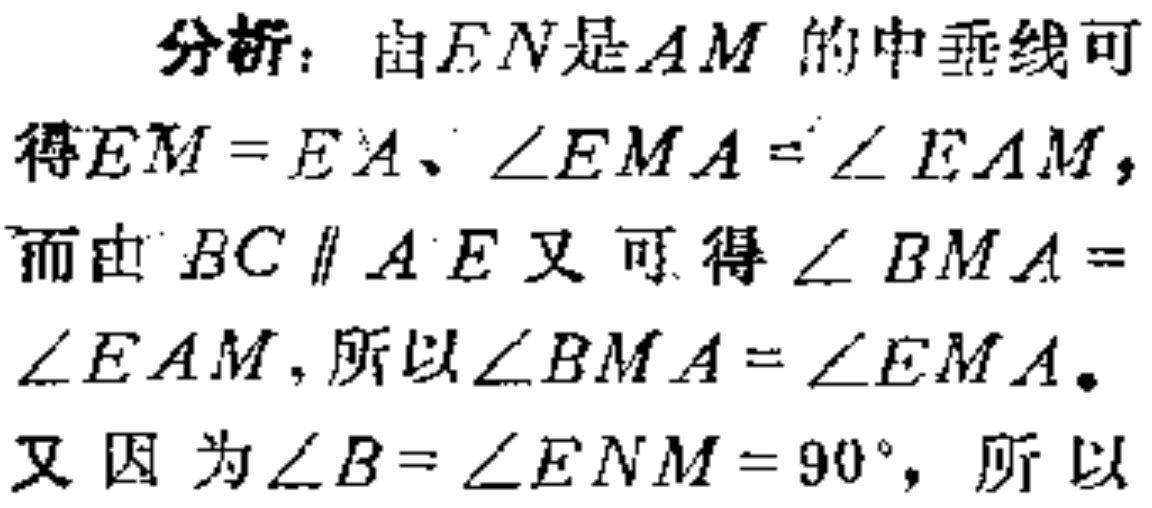
分析：由\(EN\)是\(AM\)的中垂线可
得\(EM = EA\)、\(\angle EMA = \angle EAM\)，
而由 \(BC\parallel AE\)又可得\(\angle BMA =\)
\(\angle EAM\)，所以\(\angle BMA = \angle EMA\)。
又因为\(\angle B = \angle ENM = 90^{\circ}\)，所以